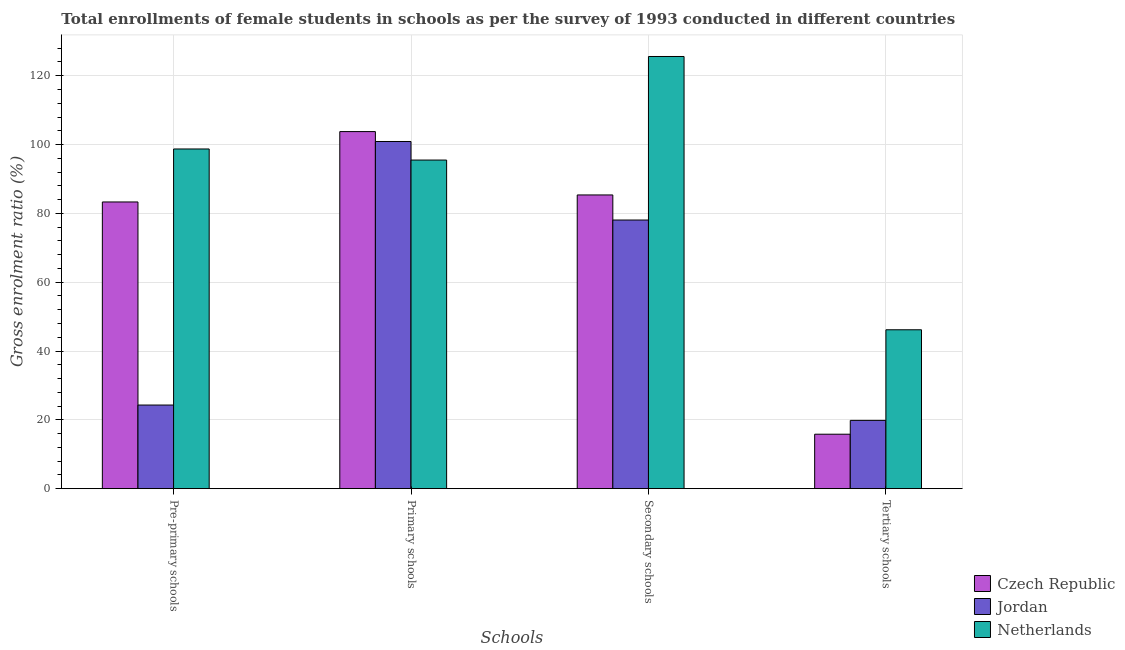
| Schools | Czech Republic | Jordan | Netherlands |
 | --- | --- | --- | --- |
 | Pre-primary schools | 83.3 | 24.3 | 98.7 |
 | Primary schools | 104 | 101 | 95.5 |
 | Secondary schools | 85.4 | 78.1 | 126 |
 | Tertiary schools | 15.8 | 19.8 | 46.2 |